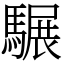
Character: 𩥇